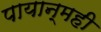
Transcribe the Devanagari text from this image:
पायान्मही